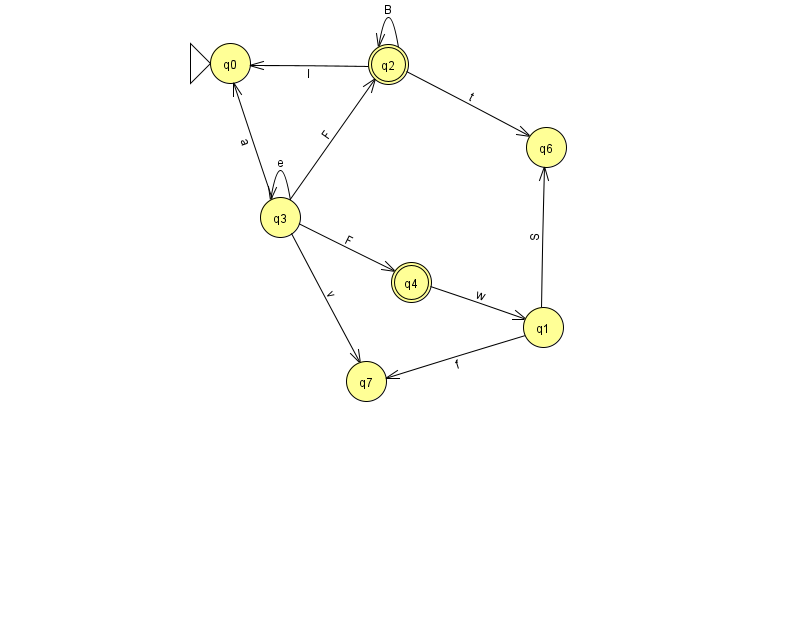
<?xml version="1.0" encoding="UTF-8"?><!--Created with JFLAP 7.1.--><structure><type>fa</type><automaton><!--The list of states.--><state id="0" name="q0"><x>230.0</x><y>50.0</y><initial/></state><state id="1" name="q1"><x>543.0</x><y>314.0</y></state><state id="2" name="q2"><x>388.0</x><y>51.0</y><final/></state><state id="3" name="q3"><x>280.0</x><y>204.0</y></state><state id="4" name="q4"><x>411.0</x><y>269.0</y><final/></state><state id="6" name="q6"><x>546.0</x><y>134.0</y></state><state id="7" name="q7"><x>366.0</x><y>368.0</y></state><!--The list of transitions.--><transition><from>2</from><to>2</to><read>B</read></transition><transition><from>3</from><to>2</to><read>F</read></transition><transition><from>2</from><to>0</to><read>l</read></transition><transition><from>3</from><to>3</to><read>e</read></transition><transition><from>3</from><to>7</to><read>v</read></transition><transition><from>1</from><to>6</to><read>S</read></transition><transition><from>3</from><to>4</to><read>F</read></transition><transition><from>4</from><to>1</to><read>w</read></transition><transition><from>1</from><to>7</to><read>f</read></transition><transition><from>2</from><to>6</to><read>t</read></transition><transition><from>3</from><to>0</to><read>a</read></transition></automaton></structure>